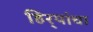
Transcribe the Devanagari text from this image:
हिर्‍यांचा